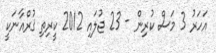
އަހަރު 3 މަސް ކުރިން - 23 ޖުލައި 2012 ކީރިތި ޤުރްއާނަކީ